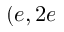
( e , 2 e